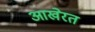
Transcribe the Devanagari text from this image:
आखेरत